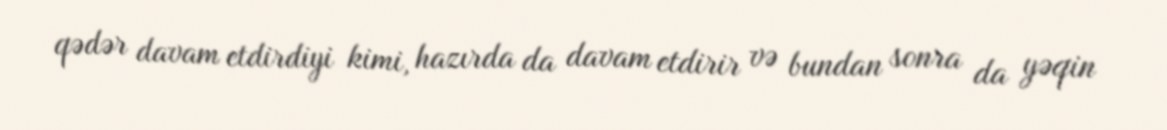
qədər davam etdirdiyi kimi, hazırda da davam etdirir və bundan sonra da yəqin